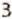
3